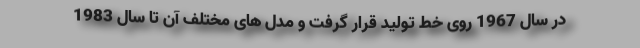
در سال 1967 روی خط تولید قرار گرفت و مدل های مختلف آن تا سال 1983